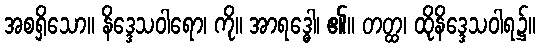
အစရှိသော။ နိဒ္ဒေသဝါရော၊ ကို။ အာရဒ္ဓေါ၊ ၏။ တတ္ထ၊ ထိုနိဒ္ဒေသဝါရ၌။